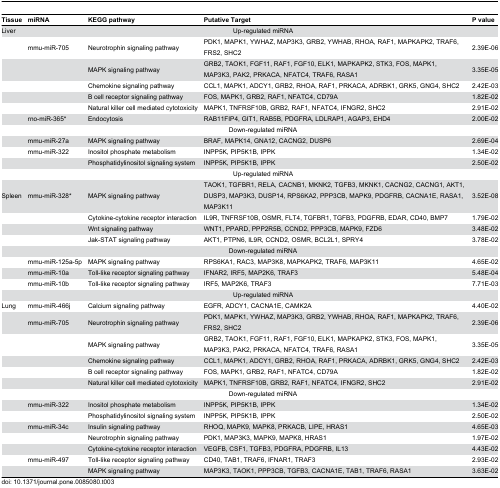
<table><thead><tr><td><b>Tissue</b></td><td><b>miRNA</b></td><td><b>KEGG pathway</b></td><td><b>Putative Target</b></td><td><b>P value</b></td></tr></thead><tbody><tr><td>Liver</td><td colspan="4">Up-regulated miRNA</td></tr><tr><td></td><td>mmu-miR-705</td><td>Neurotrophin signaling pathway</td><td>PDK1, MAPK1, YWHAZ, MAP3K3, GRB2, YWHAB, RHOA, RAF1, MAPKAPK2, TRAF6, FRS2, SHC2</td><td>2.39E-06</td></tr><tr><td></td><td></td><td>MAPK signaling pathway</td><td>GRB2, TAOK1, FGF11, RAF1, FGF10, ELK1, MAPKAPK2, STK3, FOS, MAPK1, MAP3K3, PAK2, PRKACA, NFATC4, TRAF6, RASA1</td><td>3.35E-05</td></tr><tr><td></td><td></td><td>Chemokine signaling pathway</td><td>CCL1, MAPK1, ADCY1, GRB2, RHOA, RAF1, PRKACA, ADRBK1, GRK5, GNG4, SHC2</td><td>2.42E-03</td></tr><tr><td></td><td></td><td>B cell receptor signaling pathway</td><td>FOS, MAPK1, GRB2, RAF1, NFATC4, CD79A</td><td>1.82E-02</td></tr><tr><td></td><td></td><td>Natural killer cell mediated cytotoxicity</td><td>MAPK1, TNFRSF10B, GRB2, RAF1, NFATC4, IFNGR2, SHC2</td><td>2.91E-02</td></tr><tr><td></td><td>rno-miR-365*</td><td>Endocytosis</td><td>RAB11FIP4, GIT1, RAB5B, PDGFRA, LDLRAP1, AGAP3, EHD4</td><td>2.00E-02</td></tr><tr><td></td><td colspan="4">Down-regulated miRNA</td></tr><tr><td></td><td>mmu-miR-27a</td><td>MAPK signaling pathway</td><td>BRAF, MAPK14, GNA12, CACNG2, DUSP6</td><td>2.69E-04</td></tr><tr><td></td><td>mmu-miR-322</td><td>Inositol phosphate metabolism</td><td>INPP5K, PIP5K1B, IPPK</td><td>1.34E-02</td></tr><tr><td></td><td></td><td>Phosphatidylinositol signaling system</td><td>INPP5K, PIP5K1B, IPPK</td><td>2.50E-02</td></tr><tr><td></td><td colspan="4">Up-regulated miRNA</td></tr><tr><td>Spleen</td><td>mmu-miR-328*</td><td>MAPK signaling pathway</td><td>TAOK1, TGFBR1, RELA, CACNB1, MKNK2, TGFB3, MKNK1, CACNG2, CACNG1, AKT1, DUSP3, MAP3K3, DUSP14, RPS6KA2, PPP3CB, MAPK9, PDGFRB, CACNA1E, RASA1, MAP3K11</td><td>3.52E-08</td></tr><tr><td></td><td></td><td>Cytokine-cytokine receptor interaction</td><td>IL9R, TNFRSF10B, OSMR, FLT4, TGFBR1, TGFB3, PDGFRB, EDAR, CD40, BMP7</td><td>1.79E-02</td></tr><tr><td></td><td></td><td>Wnt signaling pathway</td><td>WNT1, PPARD, PPP2R5B, CCND2, PPP3CB, MAPK9, FZD6</td><td>3.48E-02</td></tr><tr><td></td><td></td><td>Jak-STAT signaling pathway</td><td>AKT1, PTPN6, IL9R, CCND2, OSMR, BCL2L1, SPRY4</td><td>3.78E-02</td></tr><tr><td></td><td colspan="4">Down-regulated miRNA</td></tr><tr><td></td><td>mmu-miR-125a-5p</td><td>MAPK signaling pathway</td><td>RPS6KA1, RAC3, MAP3K8, MAPKAPK2, TRAF6, MAP3K11</td><td>4.65E-02</td></tr><tr><td></td><td>mmu-miR-10a</td><td>Toll-like receptor signaling pathway</td><td>IFNAR2, IRF5, MAP2K6, TRAF3</td><td>5.48E-04</td></tr><tr><td></td><td>mmu-miR-10b</td><td>Toll-like receptor signaling pathway</td><td>IRF5, MAP2K6, TRAF3</td><td>7.71E-03</td></tr><tr><td></td><td colspan="4">Up-regulated miRNA</td></tr><tr><td>Lung</td><td>mmu-miR-466j</td><td>Calcium signaling pathway</td><td>EGFR, ADCY1, CACNA1E, CAMK2A</td><td>4.40E-02</td></tr><tr><td></td><td>mmu-miR-705</td><td>Neurotrophin signaling pathway</td><td>PDK1, MAPK1, YWHAZ, MAP3K3, GRB2, YWHAB, RHOA, RAF1, MAPKAPK2, TRAF6, FRS2, SHC2</td><td>2.39E-06</td></tr><tr><td></td><td></td><td>MAPK signaling pathway</td><td>GRB2, TAOK1, FGF11, RAF1, FGF10, ELK1, MAPKAPK2, STK3, FOS, MAPK1, MAP3K3, PAK2, PRKACA, NFATC4, TRAF6, RASA1</td><td>3.35E-05</td></tr><tr><td></td><td></td><td>Chemokine signaling pathway</td><td>CCL1, MAPK1, ADCY1, GRB2, RHOA, RAF1, PRKACA, ADRBK1, GRK5, GNG4, SHC2</td><td>2.42E-03</td></tr><tr><td></td><td></td><td>B cell receptor signaling pathway</td><td>FOS, MAPK1, GRB2, RAF1, NFATC4, CD79A</td><td>1.82E-02</td></tr><tr><td></td><td></td><td>Natural killer cell mediated cytotoxicity</td><td>MAPK1, TNFRSF10B, GRB2, RAF1, NFATC4, IFNGR2, SHC2</td><td>2.91E-02</td></tr><tr><td></td><td colspan="4">Down-regulated miRNA</td></tr><tr><td></td><td>mmu-miR-322</td><td>Inositol phosphate metabolism</td><td>INPP5K, PIP5K1B, IPPK</td><td>1.34E-02</td></tr><tr><td></td><td></td><td>Phosphatidylinositol signaling system</td><td>INPP5K, PIP5K1B, IPPK</td><td>2.50E-02</td></tr><tr><td></td><td>mmu-miR-34c</td><td>Insulin signaling pathway</td><td>RHOQ, MAPK9, MAPK8, PRKACB, LIPE, HRAS1</td><td>4.65E-03</td></tr><tr><td></td><td></td><td>Neurotrophin signaling pathway</td><td>PDK1, MAP3K3, MAPK9, MAPK8, HRAS1</td><td>1.97E-02</td></tr><tr><td></td><td></td><td>Cytokine-cytokine receptor interaction</td><td>VEGFB, CSF1, TGFB3, PDGFRA, PDGFRB, IL13</td><td>4.43E-02</td></tr><tr><td></td><td>mmu-miR-497</td><td>Toll-like receptor signaling pathway</td><td>CD40, TAB1, TRAF6, IFNAR1, TRAF3</td><td>2.93E-02</td></tr><tr><td></td><td></td><td>MAPK signaling pathway</td><td>MAP3K3, TAOK1, PPP3CB, TGFB3, CACNA1E, TAB1, TRAF6, RASA1</td><td>3.63E-02</td></tr></tbody></table>